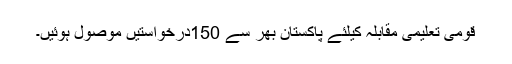
قومی تعلیمی مقابلہ کیلئے پاکستان بھر سے 150درخواستیں موصول ہوئیں۔